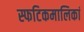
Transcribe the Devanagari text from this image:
स्फटिकमालिकां